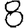
Digit: 8